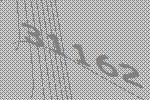
31162